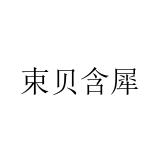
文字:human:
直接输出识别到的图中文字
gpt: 束贝含犀